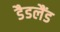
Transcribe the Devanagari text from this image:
डैडलैंड